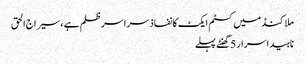
ملاکنڈ میں کسٹم ایکٹ کا نفاذ سراسر ظلم ہے ، سیراج الحق
ناہید اسرار 5 گھنٹے پہلے